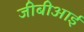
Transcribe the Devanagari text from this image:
जीबीआई